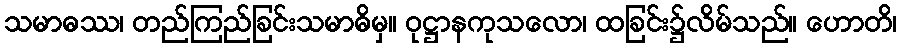
သမာဓဿ၊ တည်ကြည်ခြင်းသမာဓိမှ။ ဝုဋ္ဌာနကုသလော၊ ထခြင်း၌လိမ်သည်။ ဟောတိ၊